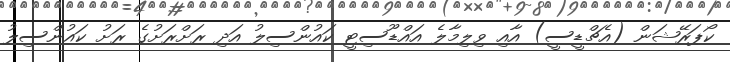
ކޯޕަރޭޝަން (އެޗްޑީސީ) އާއި ވިލިމާލެ އައްޑޫސިޓީ ކައުންސިލު އަދި ރަށްރަށުގެ ރަށު ކައުންސިލު